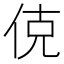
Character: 𬾅